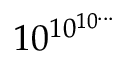
1 0 ^ { \, \! 1 0 ^ { 1 0 ^ { . . . } } }